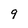
Character: 9